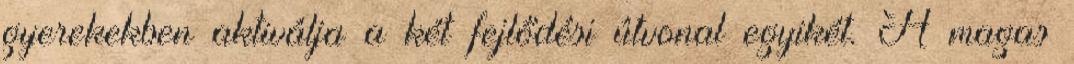
gyerekekben aktiválja a két fejlődési útvonal egyikét. A magas